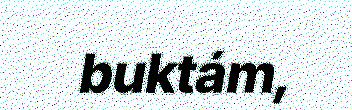
buktám,